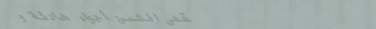
مقهى الشمس: أجواء هادئة و